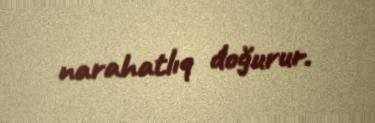
narahatlıq doğurur.